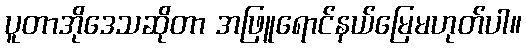
ပူတာအိုဒေသဆိုတာ အဖြူရောင်နယ်မြေမဟုတ်ပါ။